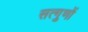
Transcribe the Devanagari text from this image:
सत्गुणों